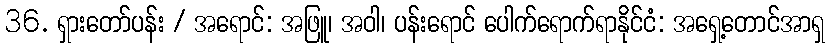
36. ရှားတော်ပန်း / အရောင်: အဖြူ၊ အဝါ၊ ပန်းရောင် ပေါက်ရောက်ရာနိုင်ငံ: အရှေ့တောင်အာရှ